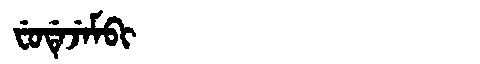
Manchu: ᠸᡠᡩᡝᠵᡝᠮᠪᡳ
Romanization: FUDEJEMBI